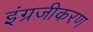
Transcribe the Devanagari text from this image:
इंग्रजीकरण